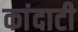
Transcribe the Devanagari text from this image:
कांदाटी